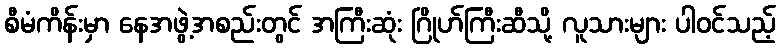
စီမံကိန်းမှာ နေအဖွဲ့အစည်းတွင် အကြီးဆုံး ဂြိုဟ်ကြီးဆီသို့ လူသားများ ပါဝင်သည့်